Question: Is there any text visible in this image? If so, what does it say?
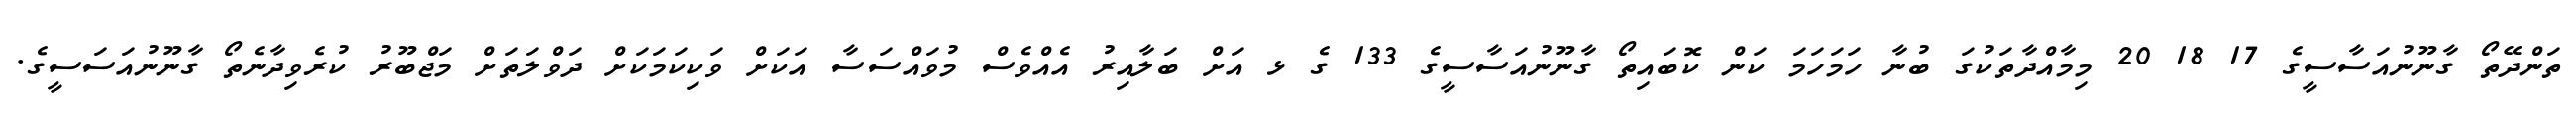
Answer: ތަންދޭތޯ ގާނޫނުއަސާސީގެ 17 18 20 މިމާއްދާތަކުގަ ބުނާ ހަމަހަމަ ކަން ކޮބައިތޯ ގާނޫނުއަސާސީގެ 133 ގެ ޅ އަށް ބަލާއިރު އެއްވެސް މުވައްސަސާ އަކަށް ވަކިކަމަކަށް ދަވްލަތަށް މަޖްބޫރު ކުރެވިދާނެތޯ ގާނޫނުއަސަސީގެ.